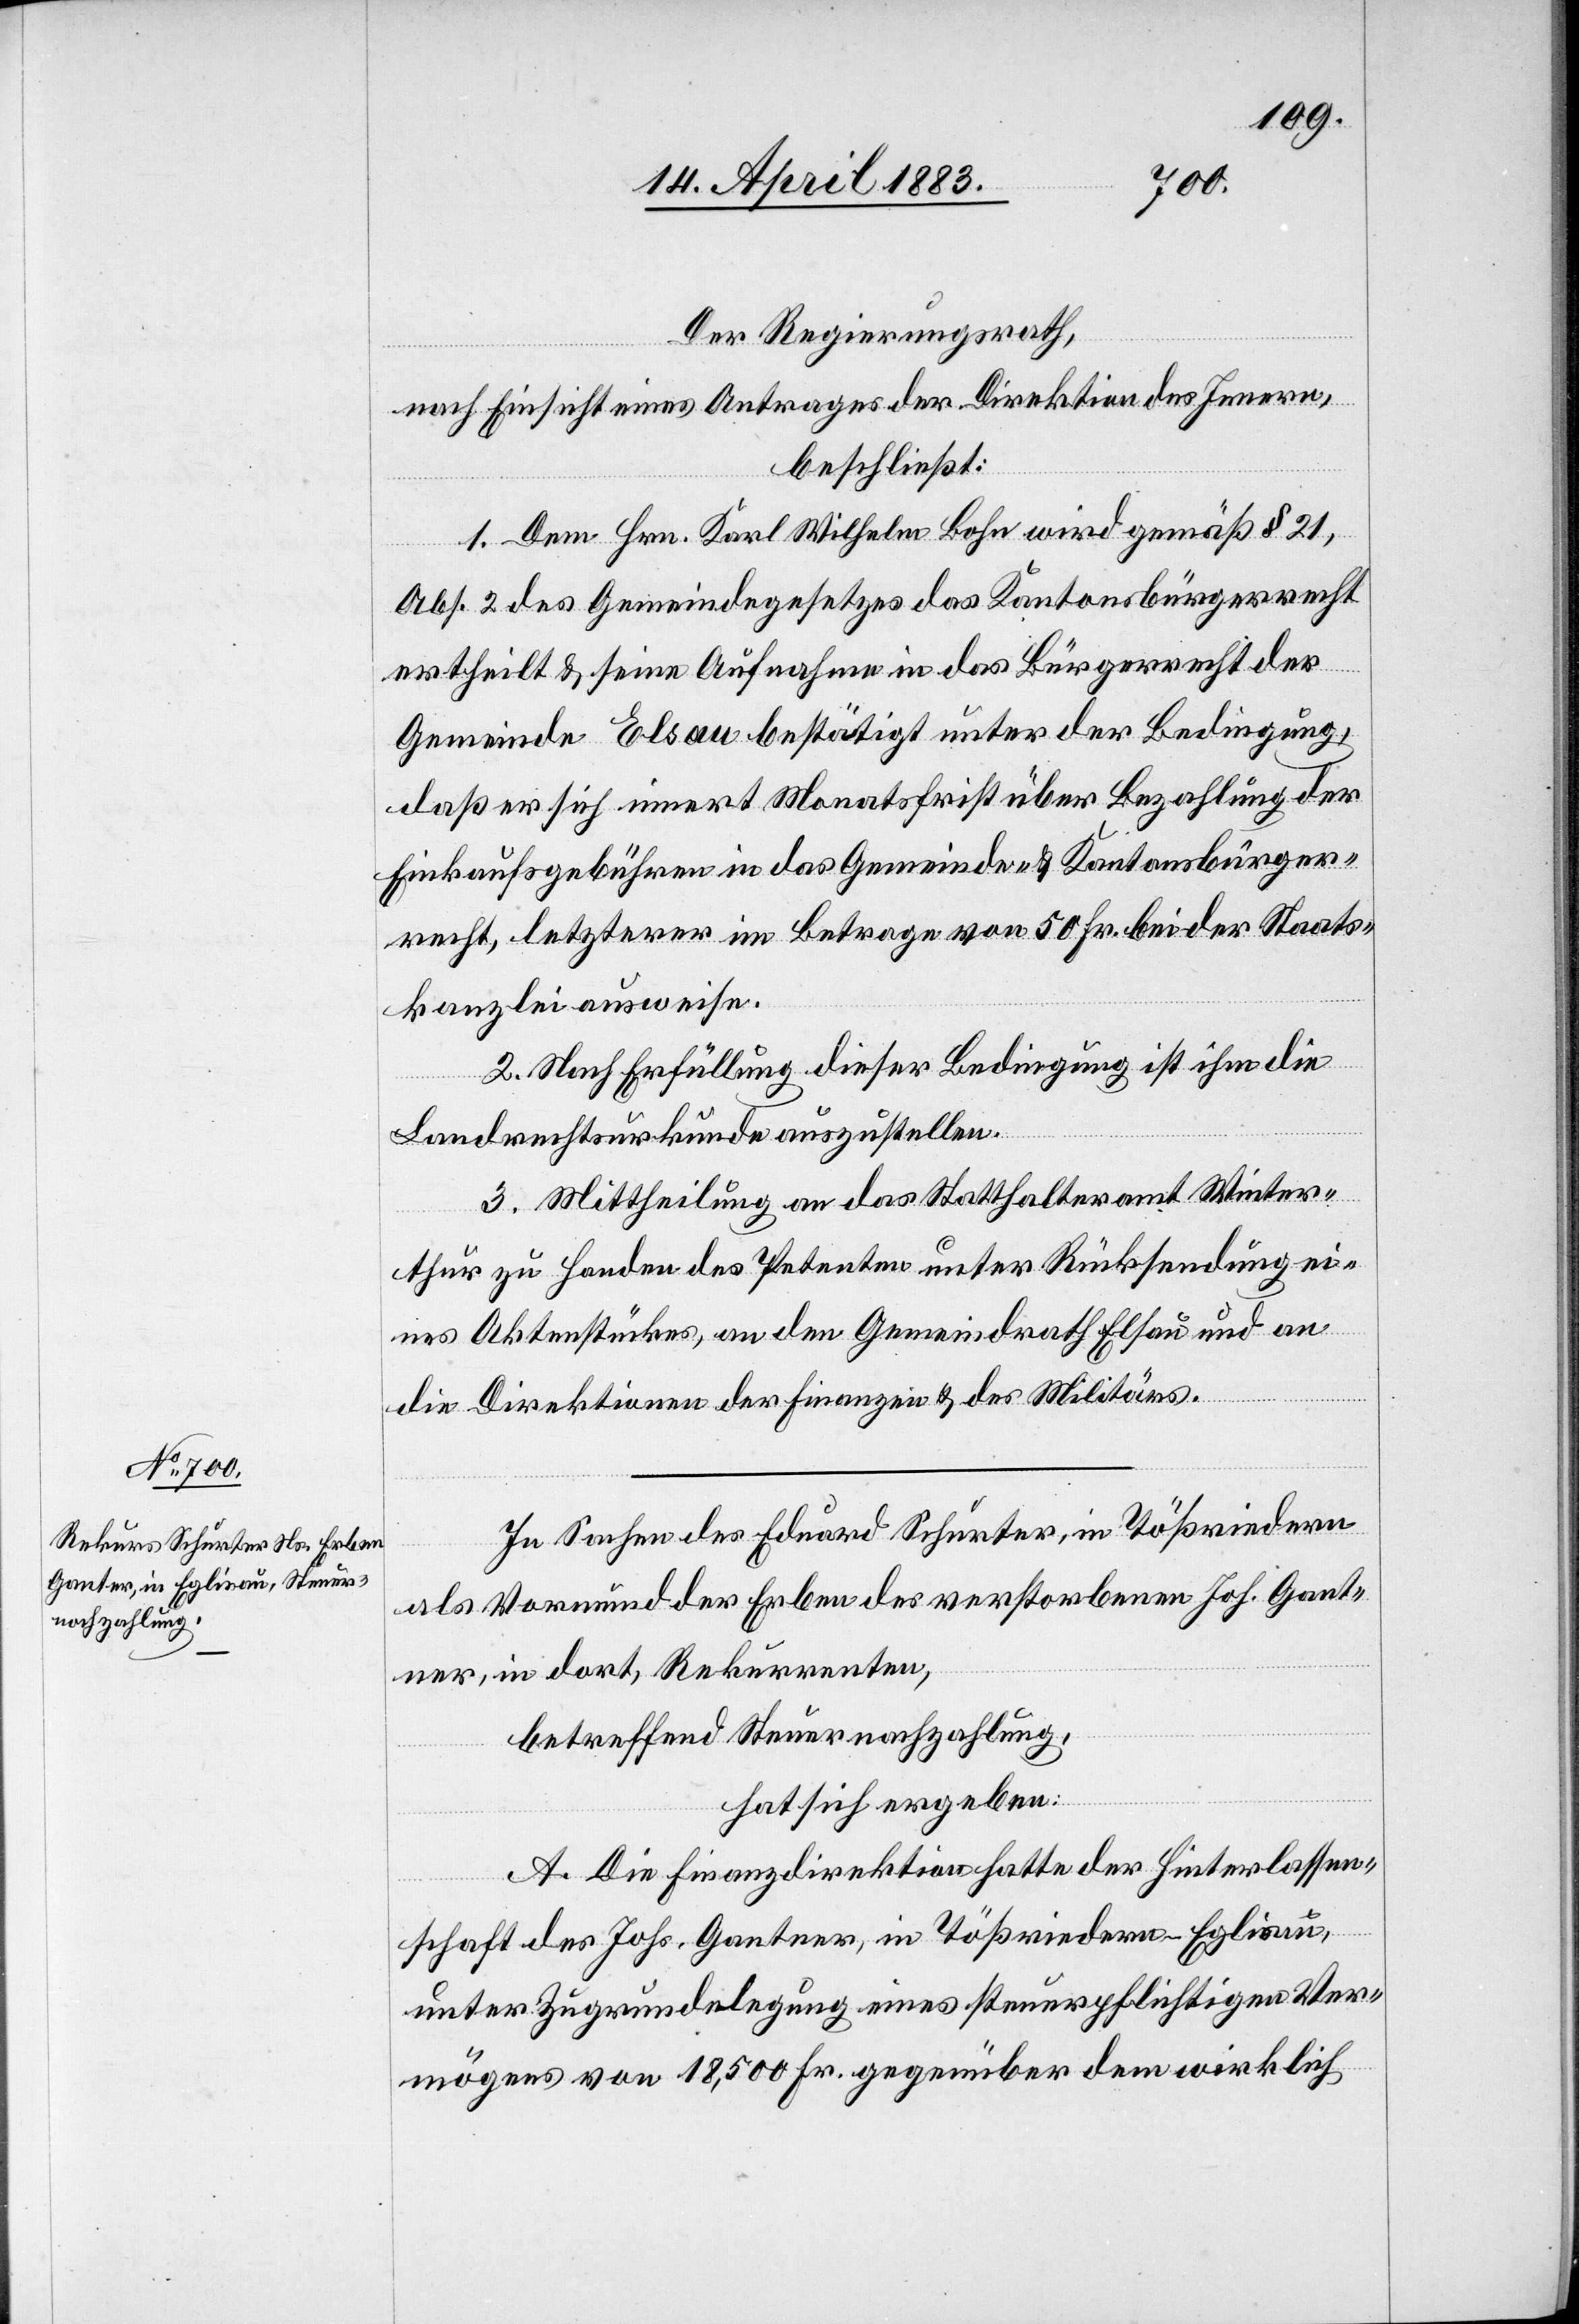
Der Regierungsrath,
nach Einsicht eines Antrages der Direktion des Innern,
beschließt:
1. Dem Hrn. Karl Wilhelm Bohn wird gemäß § 21,
Abs. 2 des Gemeindegesetzes das Kantonsbürgerrecht
ertheilt & seine Aufnahme in das Bürgerrecht der
Gemeinde Elsau bestätigt unter der Bedingung,
daß er sich innert Monatsfrist über Bezahlung der
Einkaufsgebühren in das Gemeinde- & Kantonsbürger¬
recht, letzterer im Betrage von 50 Fr. bei der Staats¬
kanzlei ausweise.
2. Nach Erfüllung dieser Bedingung ist ihm die
Landrechtsurkunde auszustellen.
3. Mittheilung an das Statthalteramt Winter¬
thur zu Handen des Petenten unter Rücksendung ei¬
nes Aktenstückes, an den Gemeindrath Elsau und an
die Direktion der Finanzen & des Militärs.
In Sachen des Eduard Schurter, in Tößriedern
als Vormund der Erben des verstorbenen Joh. Gantner
[sic!], in dort, Rekurrenten,
betreffend Steuernachzahlung,
hat sich ergeben:
A. Die Finanzdirektion hatte der Hinterlassen¬
schaft des Johs. Gantner, in Tößriedern - Eglisau,
unter Zugrundelegung eines steuerpflichtigen Ver¬
mögens von 18,500 Fr. gegenüber dem wirklich